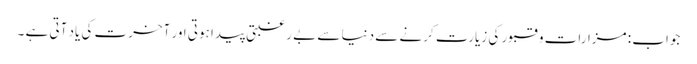
جواب : مزارات و قبور کی زیارت کرنے سے دنیا سے بے رغبتی پیدا ہوتی اور آخرت کی یاد آتی ہے ۔